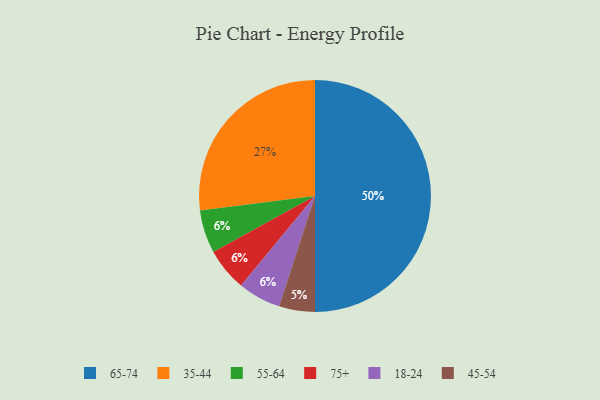
{"axis": {"x": "Category", "y": "Percentage"}, "legend": ["18-24", "35-44", "45-54", "55-64", "65-74", "75+"], "data": [{"x": "55-64", "y": 6, "type": "55-64"}, {"x": "75+", "y": 6, "type": "75+"}, {"x": "45-54", "y": 5, "type": "45-54"}, {"x": "18-24", "y": 6, "type": "18-24"}, {"x": "65-74", "y": 50, "type": "65-74"}, {"x": "35-44", "y": 27, "type": "35-44"}]}